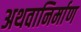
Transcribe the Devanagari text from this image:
अथवानिर्माण